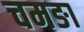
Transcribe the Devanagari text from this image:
चमङा